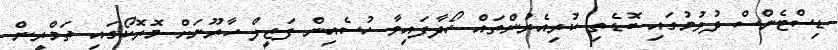
ޑިސްޓެންސް ދުވުމުގައި ބޮޑެތި ކުރިއެރުންތައް ހޯދާފައިވާ ހުސެއިން ފަޒީލް ހާރޫނަށް މޮރޮކޯގައި ތަމްރީން